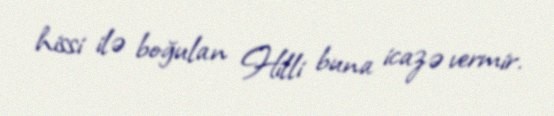
hissi ilə boğulan Hilli buna icazə vermir.